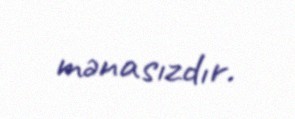
mənasızdır.